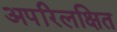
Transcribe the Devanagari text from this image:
अपरिलक्षित